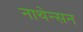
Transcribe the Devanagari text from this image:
नाथेन्सन